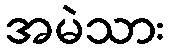
အမဲသား